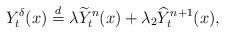
LaTeX: \begin{align*}Y^\delta_t(x)&\stackrel{d} {=}\lambda\widetilde{Y}^n_t(x)+\lambda _2\widehat{Y}^{n+1}_t(x),\end{align*}